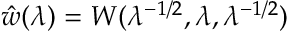
\hat { w } ( \lambda ) = W ( \lambda ^ { - 1 / 2 } , \lambda , \lambda ^ { - 1 / 2 } )